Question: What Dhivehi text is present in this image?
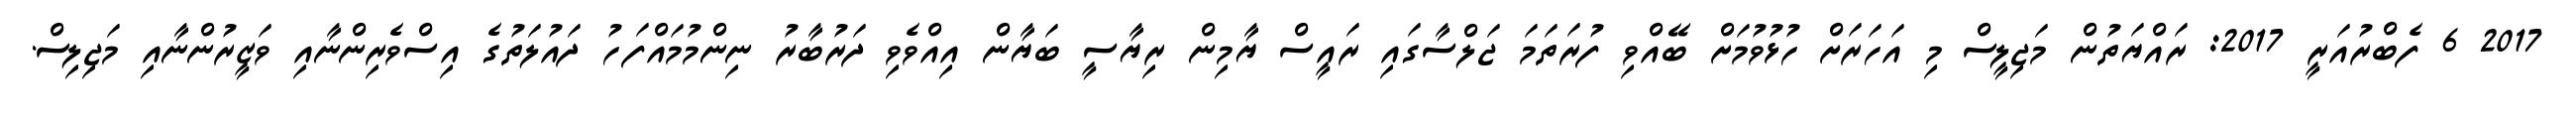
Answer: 2017 6 ފެބްރުއަރީ 2017: ރައްޔަތުން މަޖިލީސް މި އަހަރަށް ހުޅުވުމަށް ބޭއްވި ފުރަތަމަ ޖަލްސާގައި ރައީސް ޔާމިން ރިޔާސީ ބަޔާން އިއްވެވި ދަރުބާރު ނިންމުމައްފަހު ދައުލަތުގެ އިސްވެރިންނާއި ވަޒީރުންނާއި މަޖިލިސް.